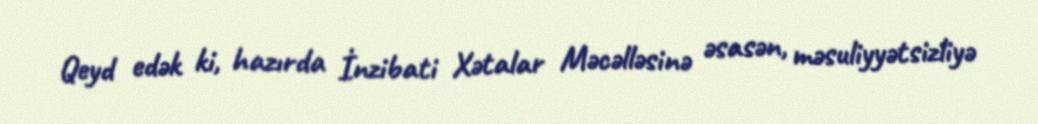
Qeyd edək ki, hazırda İnzibati Xətalar Məcəlləsinə əsasən, məsuliyyətsizliyə